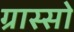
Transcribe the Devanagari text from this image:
ग्रास्सो